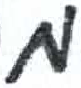
אות: מ